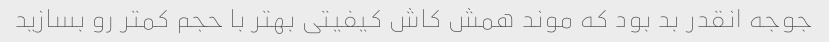
جوجه انقدر بد بود که موند همش کاش کیفیتی بهتر با حجم کمتر رو بسازید